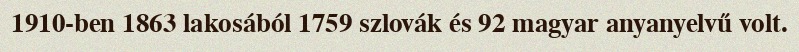
1910-ben 1863 lakosából 1759 szlovák és 92 magyar anyanyelvű volt.